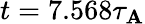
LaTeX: t=7.568\tau_{\mathbf{A}}